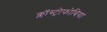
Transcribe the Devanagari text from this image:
क्लॉस्ट्रोफोबिया